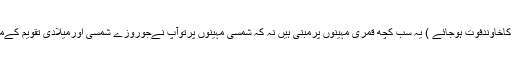
توسب کی سب عبادات اورعدتیں ( مطلقہ اورجس کاخاوندفوت ہوجائے ) یہ سب کچھ قمری مہینوں پرمبنی ہیں نہ کہ شمسی مہینوں پرتوآپ نےجوروزے شمسی اورمیلادی تقویم کےمطابق رکھےہیں وہ قمری مہینےکےمطابق نہیں ۔